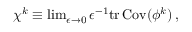
\begin{array} { r } { \chi ^ { k } \equiv \operatorname* { l i m } _ { \epsilon \rightarrow 0 } \epsilon ^ { - 1 } \mathrm { t r } \, { \mathrm { C o v } ( { { \phi } ^ { k } } ) } \, , } \end{array}